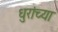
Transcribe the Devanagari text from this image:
धुरांच्या